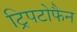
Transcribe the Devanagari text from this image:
ट्रिपटोफैन